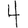
Digit: 4